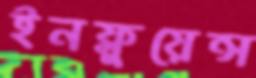
ইনফ্লুয়েন্স